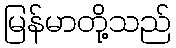
မြန်မာတို့သည်